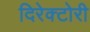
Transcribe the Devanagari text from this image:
दिरेक्टोरी